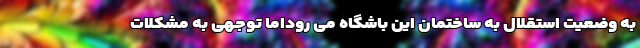
به وضعیت استقلال به ساختمان این باشگاه می روداما توجهی به مشکلات